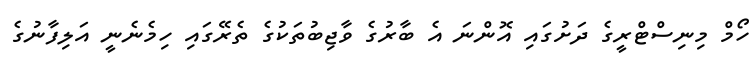
ހޯމް މިނިސްޓްރީގެ ދަށުގައި އޮންނަ އެ ބާރުގެ ވާޖިބުތަކުގެ ތެރޭގައި ހިމެނެނީ އަލިފާނުގެ